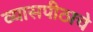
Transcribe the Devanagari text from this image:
व्यासपीठाचे